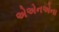
એએનએના